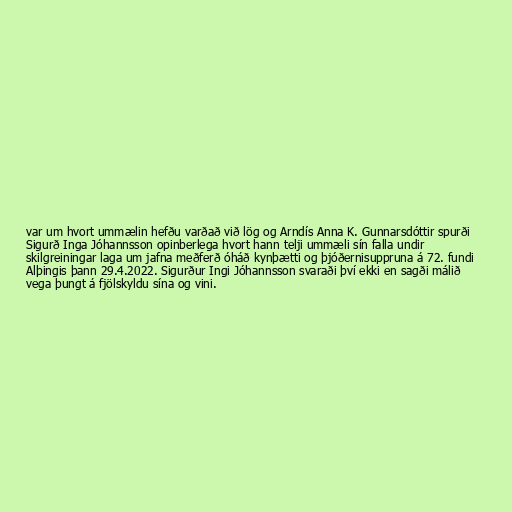
var um hvort ummælin hefðu varðað við lög og Arndís Anna K. Gunnarsdóttir spurði
Sigurð Inga Jóhannsson opinberlega hvort hann telji ummæli sín falla undir
skilgreiningar laga um jafna meðferð óháð kynþætti og þjóðernisuppruna á 72. fundi
Alþingis þann 29.4.2022. Sigurður Ingi Jóhannsson svaraði því ekki en sagði málið
vega þungt á fjölskyldu sína og vini.